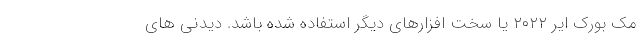
مک بورک ایر ۲۰۲۲ یا سخت افزارهای دیگر استفاده شده باشد. دیدنی های